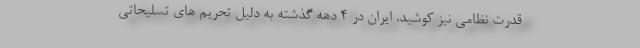
قدرت نظامی نیز کوشید. ایران در 4 دهه گذشته به دلیل تحریم های تسلیحاتی